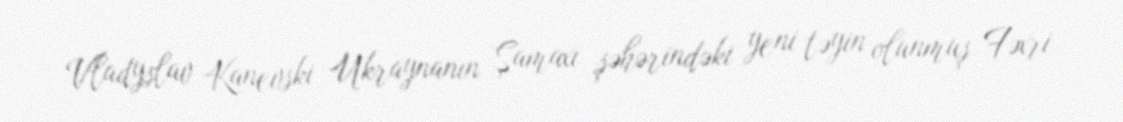
Vladyslav Kanevski Ukraynanın Şamaxı şəhərindəki yeni təyin olunmuş Fəxri